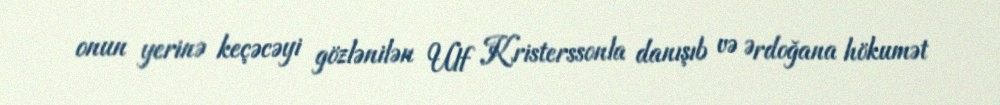
onun yerinə keçəcəyi gözlənilən Ulf Kristerssonla danışıb və Ərdoğana hökumət